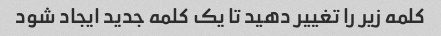
کلمه زیر را تغییر دهید تا یک کلمه جدید ایجاد شود